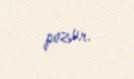
pozur.